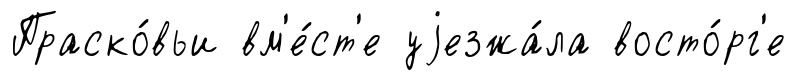
Праско́вьи вм'е́ст'е уjезжа́ла восто́рг'е